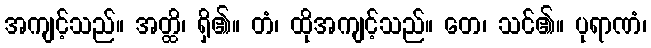
အကျင့်သည်။ အတ္ထိ၊ ရှိ၏။ တံ၊ ထိုအကျင့်သည်။ တေ၊ သင်၏။ ပုရာဏံ၊